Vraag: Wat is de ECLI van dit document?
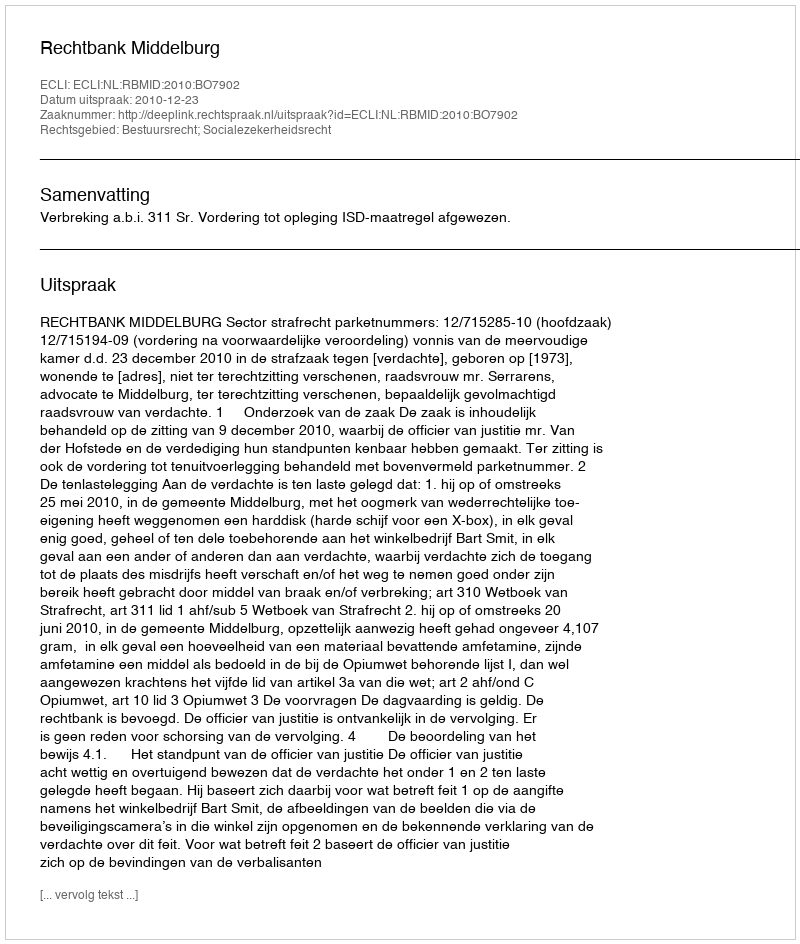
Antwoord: ECLI:NL:RBMID:2010:BO7902